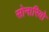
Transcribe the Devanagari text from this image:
सोनारियो